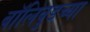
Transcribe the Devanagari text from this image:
बॉलिवुडच्या